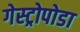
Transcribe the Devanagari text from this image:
गेस्ट्रोपोडा